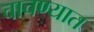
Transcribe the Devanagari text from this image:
चाचण्यात